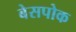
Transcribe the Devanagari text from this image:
बेसपोक